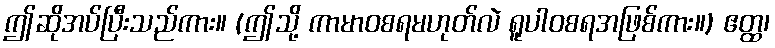
ဤဆိုအပ်ပြီးသည်ကား။ (ဤသို့ ကာမာဝစရမဟုတ်လဲ ရူပါဝစရအဖြစ်ကား။) ဧတ္ထ၊